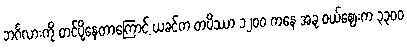
ဘင်္ဂလားကို တင်ပို့နေတာကြောင့် ယခင်က တပိဿာ ၁၂၀၀ ကနေ အခု ဝယ်ဈေးက ၃၃၀၀